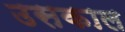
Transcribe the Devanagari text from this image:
उसकाल